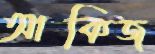
আকিজ